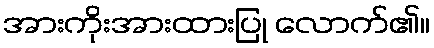
အားကိုးအားထားပြု လောက်၏။